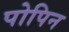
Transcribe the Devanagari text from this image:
पोपिन